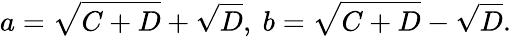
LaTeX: a=\sqrt{C+D}+\sqrt{D},\ b=\sqrt{C+D}-\sqrt{D}.